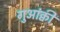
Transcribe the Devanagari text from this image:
गुआंक्वी